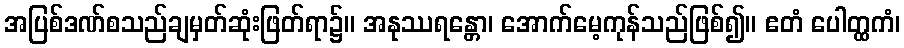
အပြစ်ဒဏ်စသည်ချမှတ်ဆုံးဖြတ်ရာ၌။ အနုဿရန္တော၊ အောက်မေ့ကုန်သည်ဖြစ်၍။ ဧတံ ပေါတ္ထကံ၊